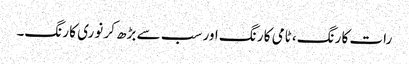
رات کا رنگ، ٹامی کا رنگ اور سب سے بڑھ کر نوری کا رنگ۔